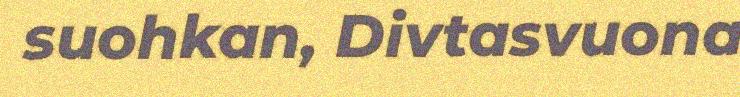
suohkan, Divtasvuona